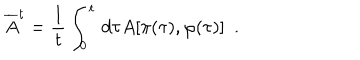
\overline { { { A } } } ^ { t } = \frac { 1 } { t } \int _ { 0 } ^ { t } \, d \tau A [ \pi ( \tau ) , \varphi ( \tau ) ] ~ ~ .